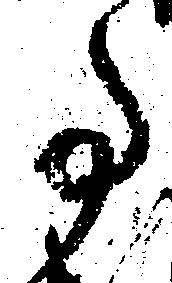
事